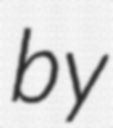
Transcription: by